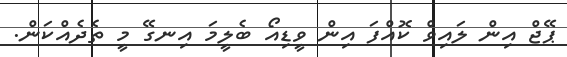
ޕޭޖް އިން ލައިވް ކޮއްފަ އިން ވީޑިއޯ ބެލީމަ އިނގޭ މީ ތެދެއްކަން.